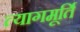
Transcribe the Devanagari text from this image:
त्यागमूर्ति